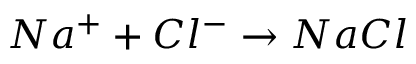
N a ^ { + } + C l ^ { - } \rightarrow N a C l